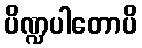
ပိဏ္ဍပါတောပိ